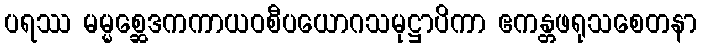
ပရဿ မမ္မစ္ဆေဒကကာယဝစီပယောဂသမုဋ္ဌာပိကာ ဧကန္တဖရုသစေတနာ